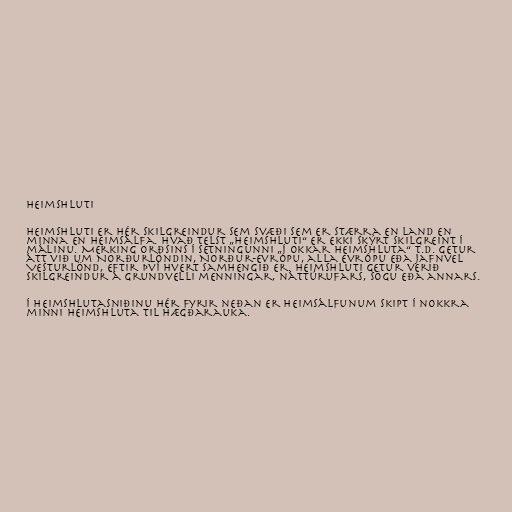
Heimshluti

Heimshluti er hér skilgreindur sem svæði sem er stærra en land en
minna en heimsálfa. Hvað telst „heimshluti“ er ekki skýrt skilgreint í
málinu. Merking orðsins í setningunni „í okkar heimshluta“ t.d. getur
átt við um Norðurlöndin, Norður-Evrópu, alla Evrópu eða jafnvel
Vesturlönd, eftir því hvert samhengið er. Heimshluti getur verið
skilgreindur á grundvelli menningar, náttúrufars, sögu eða annars.

Í heimshlutasniðinu hér fyrir neðan er heimsálfunum skipt í nokkra
minni heimshluta til hægðarauka.